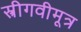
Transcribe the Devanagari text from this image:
स्त्रीगवीमूत्र